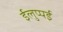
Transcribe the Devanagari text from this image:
ईलुप्पई